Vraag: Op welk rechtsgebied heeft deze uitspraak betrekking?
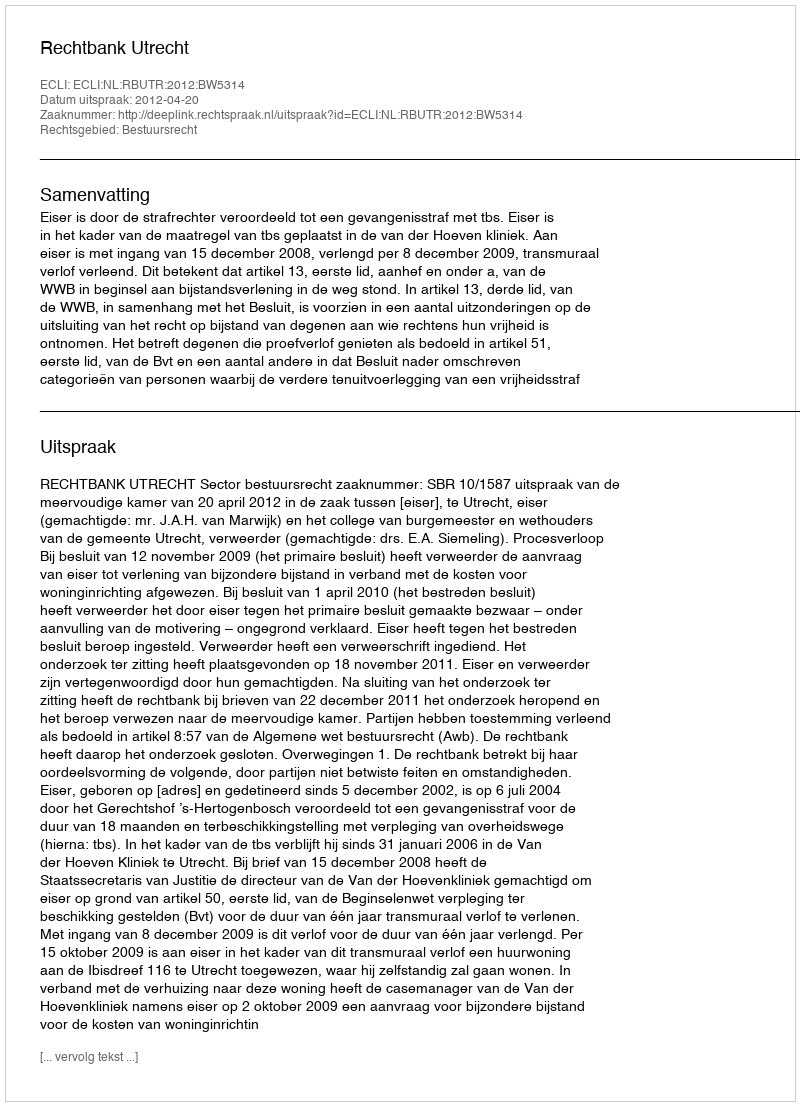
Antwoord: Bestuursrecht